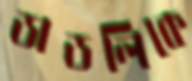
ডাডলিকে